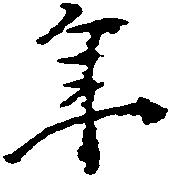
年